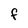
Character: f